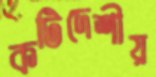
কটিদেশীয়